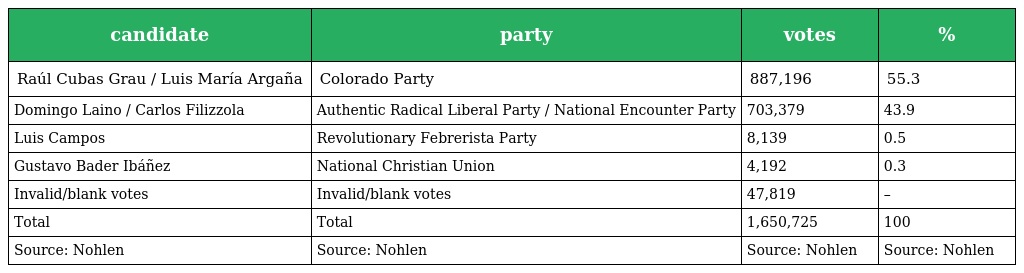
| candidate | party | votes | % |
 | --- | --- | --- | --- |
 | Raúl Cubas Grau / Luis María Argaña | Colorado Party | 887,196 | 55.3 |
 | Domingo Laino / Carlos Filizzola | Authentic Radical Liberal Party / National Encounter Party | 703,379 | 43.9 |
 | Luis Campos | Revolutionary Febrerista Party | 8,139 | 0.5 |
 | Gustavo Bader Ibáñez | National Christian Union | 4,192 | 0.3 |
 | Invalid/blank votes | Invalid/blank votes | 47,819 | – |
 | Total | Total | 1,650,725 | 100 |
 | Source: Nohlen | Source: Nohlen | Source: Nohlen | Source: Nohlen |